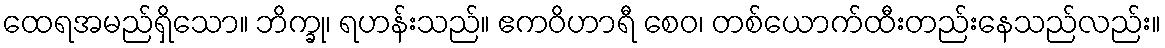
ထေရအမည်ရှိသော။ ဘိက္ခု၊ ရဟန်းသည်။ ဧကဝိဟာရီ စေဝ၊ တစ်ယောက်ထီးတည်းနေသည်လည်း။